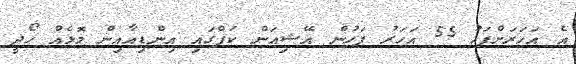
އެ އަހަރަށްފަހު 55 އަހަރު ފަހުން އޭޝިއަން ކަޕްގައި އިންޑިއާއިން މޮޅެއް ހޯދީ